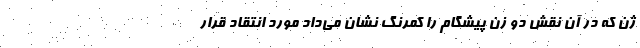
ژن که در آن نقش دو زن پیشگام را کمرنگ نشان می‌داد مورد انتقاد قرار